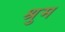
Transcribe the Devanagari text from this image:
श्रुम